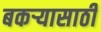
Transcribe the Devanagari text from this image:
बकर्‍यासाठी